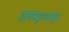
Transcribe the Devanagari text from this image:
हायस्‍कूलमधून